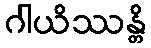
ဂါယိဿန္တိ